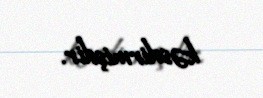
kəsdirmişdir.